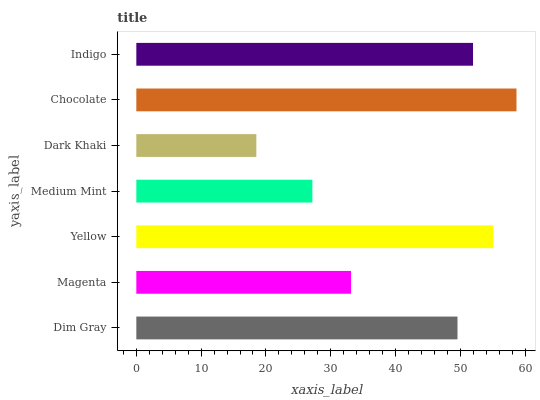
| yaxis_label | bars |
 | --- | --- |
 | Dim Gray | 49.5 |
 | Magenta | 33.1 |
 | Yellow | 55.1 |
 | Medium Mint | 27.2 |
 | Dark Khaki | 18.5 |
 | Chocolate | 58.7 |
 | Indigo | 51.9 |